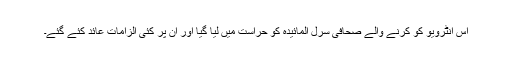
اس انٹرویو کو کرنے والے صحافی سرل المائیدہ کو حراست میں لیا گیا اور ان پر کئی الزامات عائد کئے گئے۔